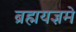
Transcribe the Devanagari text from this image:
ब्रह्मयज्ञमे